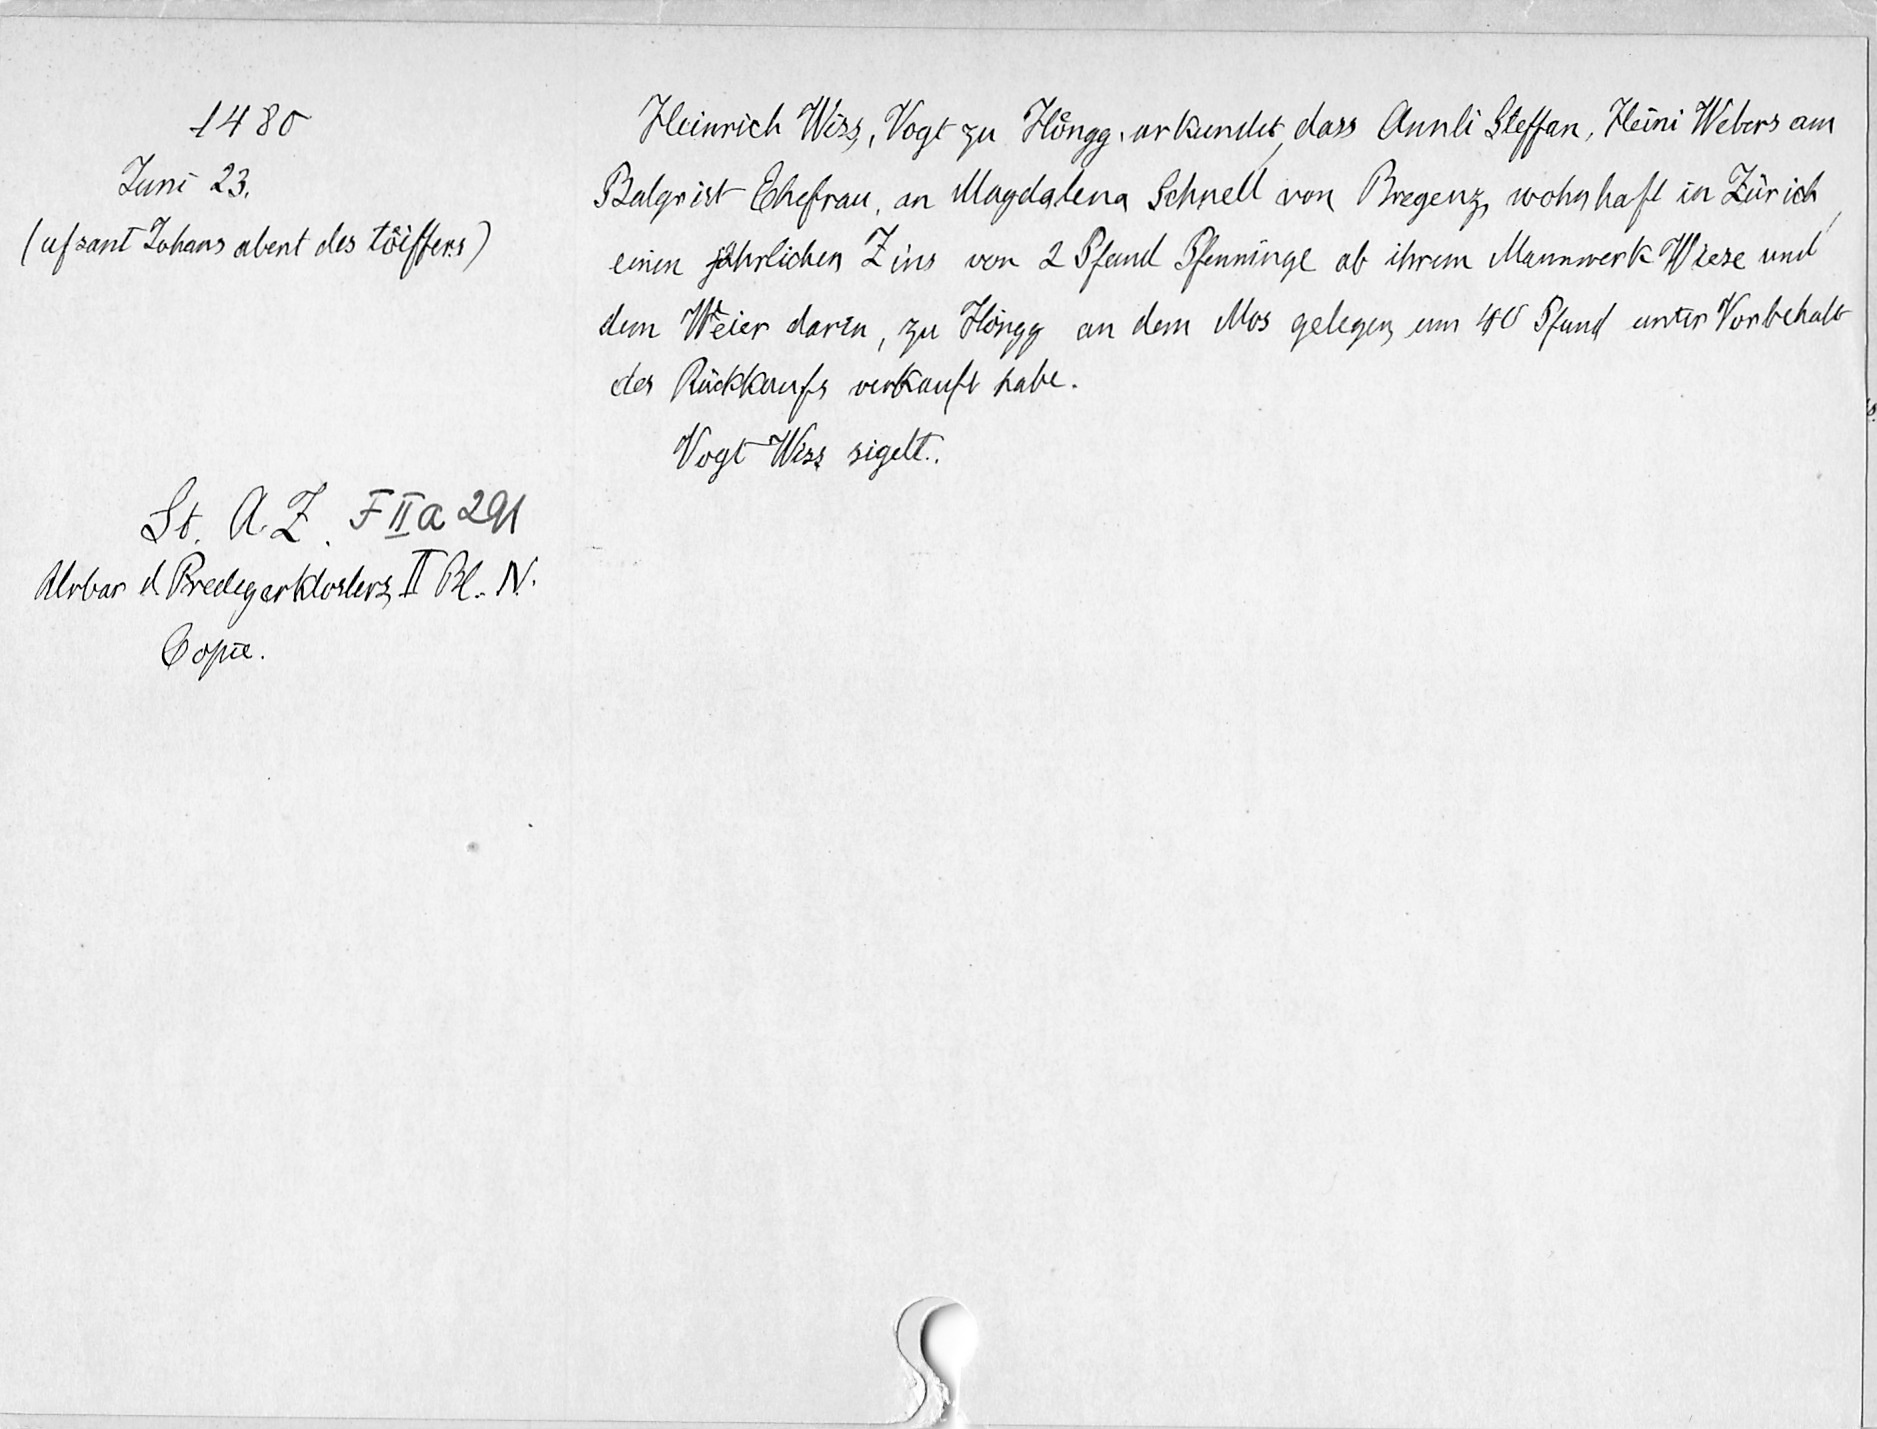
1480
Juni 23.
(uf sant Johans abent des toͤiffers)
St. A. Z. F II a 291
Urbar d Predigerklosters, II Bl. IV.
Copie.

Heinrich Wiss, Vogt zu Hoͤngg, urkundet, dass Annli Steffen, Heini Webers aus
Balgrist Ehefrau, an Magdalena Schnell von Bregenz, wohnhaft in Zürich
einen jährlichen Zins von 2 Pfund Pfenninge ab ihrem Mannwerk Wiese und
dem Weier darin, zu Hoͤngg an dem Mos gelegen, um 40 Pfund unter Vorbehalt
der Rückkaufs verkauft habe.
Vogt Wiss sigelt.